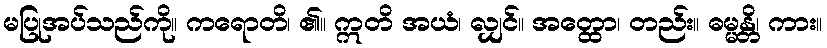
မပြုအပ်သည်ကို။ ကရောတိ၊ ၏။ ဣတိ အယံ၊ လျှင်။ အတ္ထော၊ တည်း။ ဓမ္မန္တိ၊ ကား။